Annual administration report of the Civil Veterinary Department of India - 1894-1895
Year: 1894
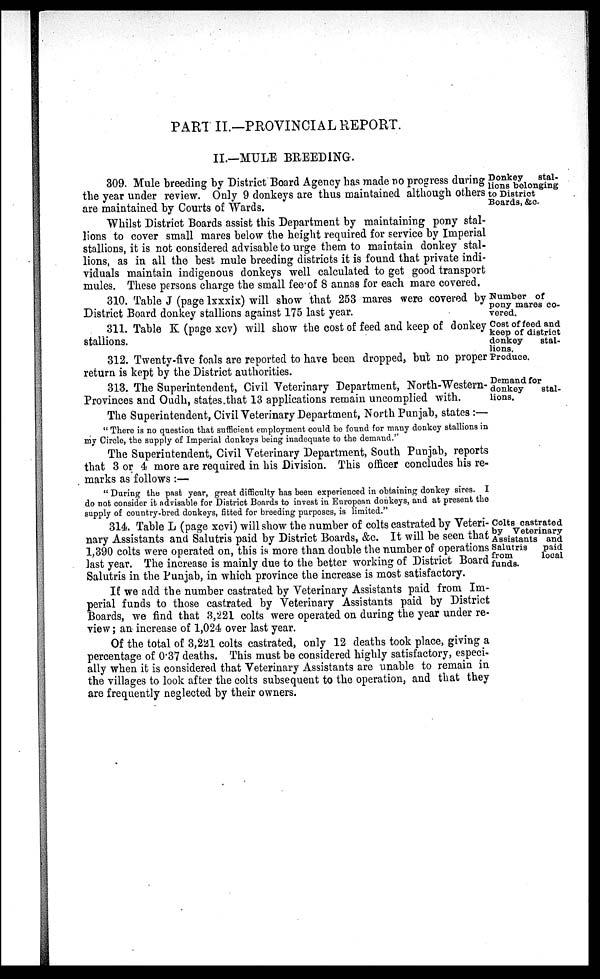
PART II.—PROVINCIAL REPORT.
II.—MULE BREEDING.
Donkey
stal-
lions belonging
to District
Boards, &c.
309. Mule breeding by District Board Agency has made no progress during
the year under review. Only 9 donkeys are thus maintained although others
are maintained by Courts of Wards.
Whilst District Boards assist this Department by maintaining pony stal-
lions to cover small mares below the height required for service by Imperial
stallions, it is not considered advisable to urge them to maintain donkey stal-
lions, as in all the best mule breeding districts it is found that private indi-
viduals maintain indigenous donkeys well calculated to get good transport
mules. These persons charge the small fee.of 8 annas for each mare covered.
Number of
pony mares co-
vered.
310. Table J (page lxxxix) will show that 253 mares were covered by
District Board donkey stallions against 175 last year.
Cost of feed and
keep of district
donkey
stal-
lions.
311. Table K (page xcv) will show the cost of feed and keep of donkey
stallions.
Produce.
312. Twenty-five foals are reported to have been dropped, but no proper
return is kept by the District authorities.
Demand for
donkey
stal-
lions.
313. The Superintendent, Civil Veterinary Department, North-Western-
Provinces and Oudh, states that 13 applications remain uncomplied with.
The Superintendent, Civil Veterinary Department, North Punjab, states :—
" There is no question that sufficient employment could be found for many donkey stallions in
my Circle, the supply of Imperial donkeys being inadequate to the demand."
The Superintendent, Civil Veterinary Department, South Punjab, reports
that 3 or 4 more are required in his Division. This officer concludes his re-
marks as follows:—
" During the past year, great difficulty has been experienced in obtaining donkey sires. I
do not consider it advisable for District Boards to invest in European donkeys, and at present the
supply of country-bred donkeys, fitted for breeding: purposes, is limited."
Colts castrated
by Veterinary
Assistants and
Salutris
paid
from
local
funds.
314. Table L (page xcvi) will show the number of colts castrated by Veteri-
nary Assistants and Salutris paid by District Boards, &c. It will be seen that
1,390 colts were operated on, this is more than double the number of operations
last year. The increase is mainly due to the better working of District Board
Salutris in the Punjab, in which province the increase is most satisfactory.
If we add the number castrated by Veterinary Assistants paid from Im-
perial funds to those castrated by Veterinary Assistants paid by District
Boards, we find that 3,221 colts were operated on during the year under re-
view ; an increase of 1,024 over last year.
Of the total of 3,221 colts castrated, only 12 deaths took place, giving a
percentage of 0.37 deaths. This must be considered highly satisfactory, especi-
ally when it is considered that Veterinary Assistants are unable to remain in
the villages to look after the colts subsequent to the operation, and that they
are frequently neglected by their owners.